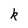
Character: k